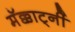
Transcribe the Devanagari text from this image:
मॅक्कार्ट्नी